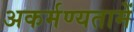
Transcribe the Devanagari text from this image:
अकर्मण्यतामें